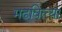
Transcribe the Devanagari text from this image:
मढविल्या